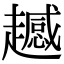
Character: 𧾔